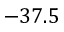
- 3 7 . 5